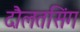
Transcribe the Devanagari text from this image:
दौलतसिंग